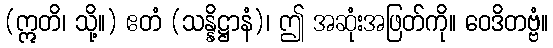
(ဣတိ၊ သို့။) ဧတံ (သန္နိဋ္ဌာနံ)၊ ဤ အဆုံးအဖြတ်ကို။ ဝေဒိတဗ္ဗံ။